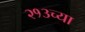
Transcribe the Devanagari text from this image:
२१३च्या